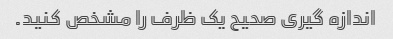
اندازه گیری صحیح یک ظرف را مشخص کنید.